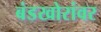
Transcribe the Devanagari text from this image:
बंडखोरांवर